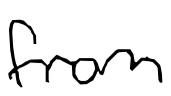
Text: from
Cross-out: clean
Writing tool: digital_black